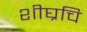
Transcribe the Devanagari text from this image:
शीघ्रचि